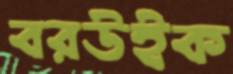
বরউইক